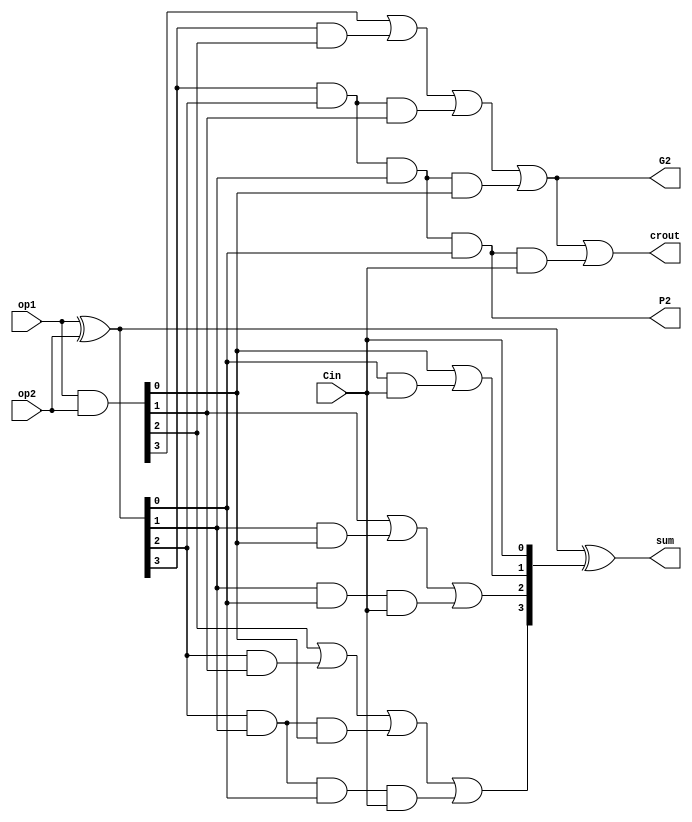
`timescale 1ns/10ps

module CLA4_2(sum,crout,P2,G2,op1,op2,Cin);
output [3:0] sum;
output crout;
output P2,G2;
input  [3:0]op1,op2;
input Cin;
wire [3:0]G,P,C;

    assign G = op1 & op2; //Generate
    assign P = op1 ^ op2; //Propagate
    assign C[0] = Cin;
    assign C[1] = G[0] | (P[0] & C[0]);
    assign C[2] = G[1] | (P[1] & G[0]) | (P[1] & P[0] & C[0]);
    assign C[3] = G[2] | (P[2] & G[1]) | (P[2] & P[1] & G[0]) | (P[2] & P[1] & P[0] & C[0]);
    assign crout = G[3] | (P[3] & G[2]) | (P[3] & P[2] & G[1]) | (P[3] & P[2] & P[1] & G[0]) |(P[3] & P[2] & P[1] & P[0] & C[0]);
    assign sum = P ^ C;
    
    assign P2 = P[3] & P[2] & P[1] & P[0];
    assign G2 = G[3] | (P[3] & G[2]) | (P[3] & P[2] & G[1]) | (P[3] & P[2] & P[1] & G[0]);
endmodule